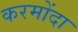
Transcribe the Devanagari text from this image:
करमोंदा